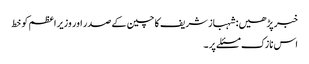
خبر پڑھیں:شہباز شریف کا چین کے صدر اور وزیر اعظم کو خط
اس نازک مسئلے پر ۔